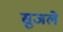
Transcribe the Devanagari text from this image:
सुजले